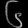
Digit: ၆